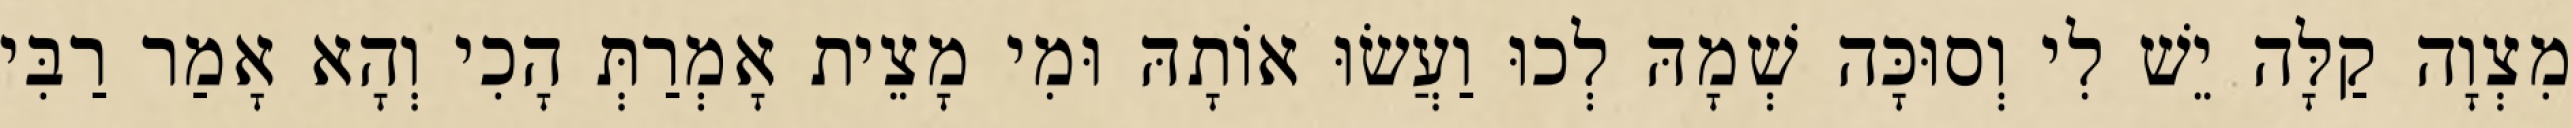
מִצְוָה קַלָּה יֵשׁ לִי וְסוּכָּה שְׁמָהּ לְכוּ וַעֲשׂוּ אוֹתָהּ וּמִי מָצֵית אָמְרַתְּ הָכִי וְהָא אָמַר רַבִּי